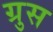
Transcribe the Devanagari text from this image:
ग्रुस